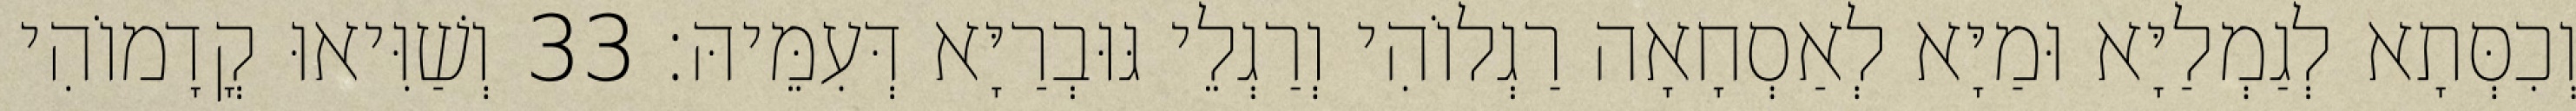
וְכִסְּתָא לְגַמְלַיָּא וּמַיָּא לְאַסְחָאָה רַגְלוֹהִי וְרַגְלֵי גּוּבְרַיָּא דְּעִמֵּיהּ׃ 33 וְשַׁוִּיאוּ קֳדָמוֹהִי